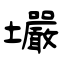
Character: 壧